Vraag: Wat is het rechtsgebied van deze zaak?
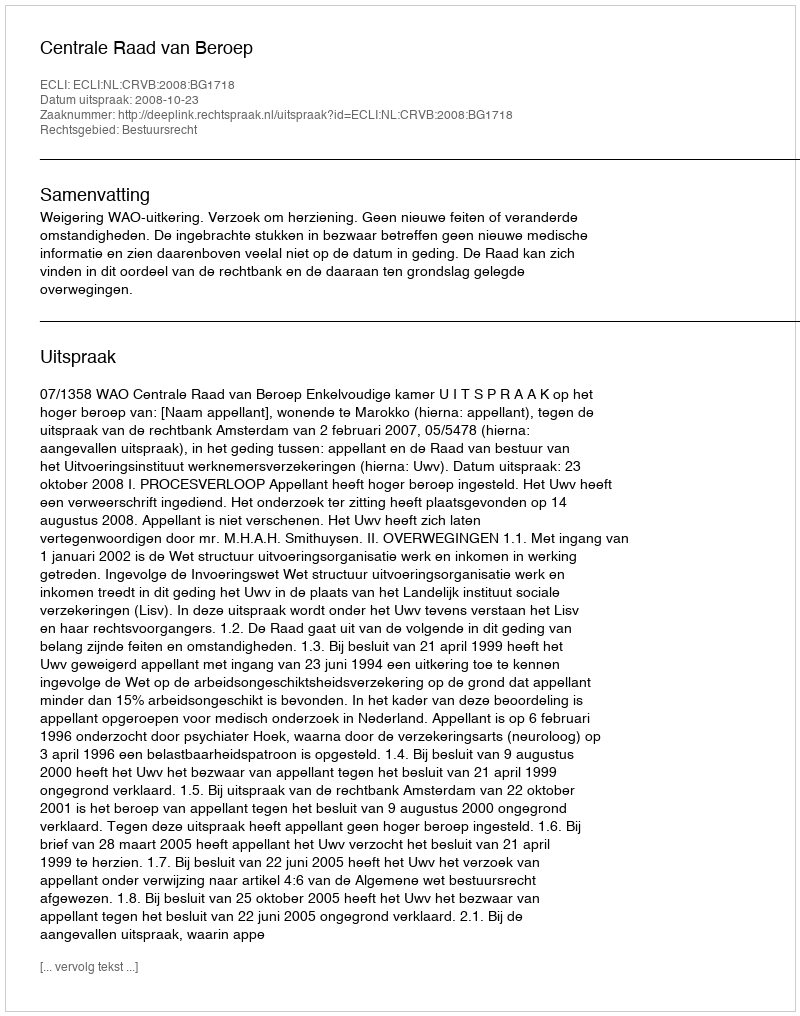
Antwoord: Bestuursrecht